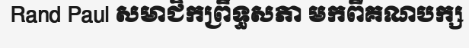
Rand Paul សមាជិកព្រឹទ្ធសភា មកពីគណបក្ស